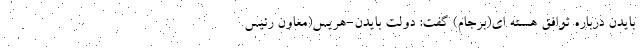
بایدن درباره توافق هسته ای(برجام) گفت: دولت بایدن-هریس(معاون رئیس